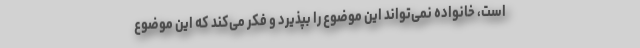
است، خانواده نمی‌تواند این موضوع را بپذیرد و فکر می‌کند که این موضوع